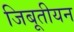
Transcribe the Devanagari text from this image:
जिबूतीयन